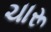
ચારૂ